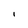
Character: l